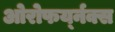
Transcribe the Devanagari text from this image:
ओरोफर्य्नक्स